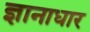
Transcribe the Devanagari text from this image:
ज्ञानाधार